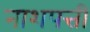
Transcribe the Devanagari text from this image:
नाशपत्ती